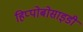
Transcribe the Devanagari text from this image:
हिप्पोबोसाइडी